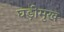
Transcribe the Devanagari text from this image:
घड़ीमुख